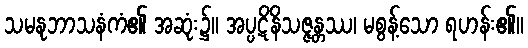
သမနုဘာသနံကံ၏ အဆုံး၌။ အပ္ပဋိနိသဇ္ဇန္တဿ၊ မစွန့်သော ရဟန်း၏။